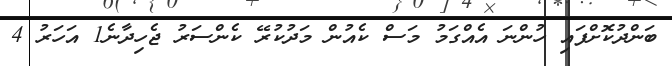
ބަންދުކޮށްފައި ހުންނަ އެއްގަމު މަސް ކެއުން މަދުކުރޭ ކެންސަރު ޖެހިދާނެ1 އަހަރު 4